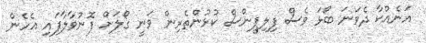
އަނެއްކާ ދެވަނަ ބޯޅަ ވެސް ފިލިޕީންސް ކުޅުންތެރިން ވަނީ ގޯލަށް ފޮނުވާލާފައި އެހެން